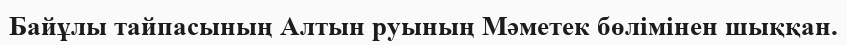
Байұлы тайпасының Алтын руының Мәметек бөлімінен шыққан.